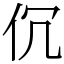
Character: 伔